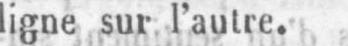
ligne sur l’autre.